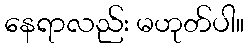
နေရာလည်း မဟုတ်ပါ။